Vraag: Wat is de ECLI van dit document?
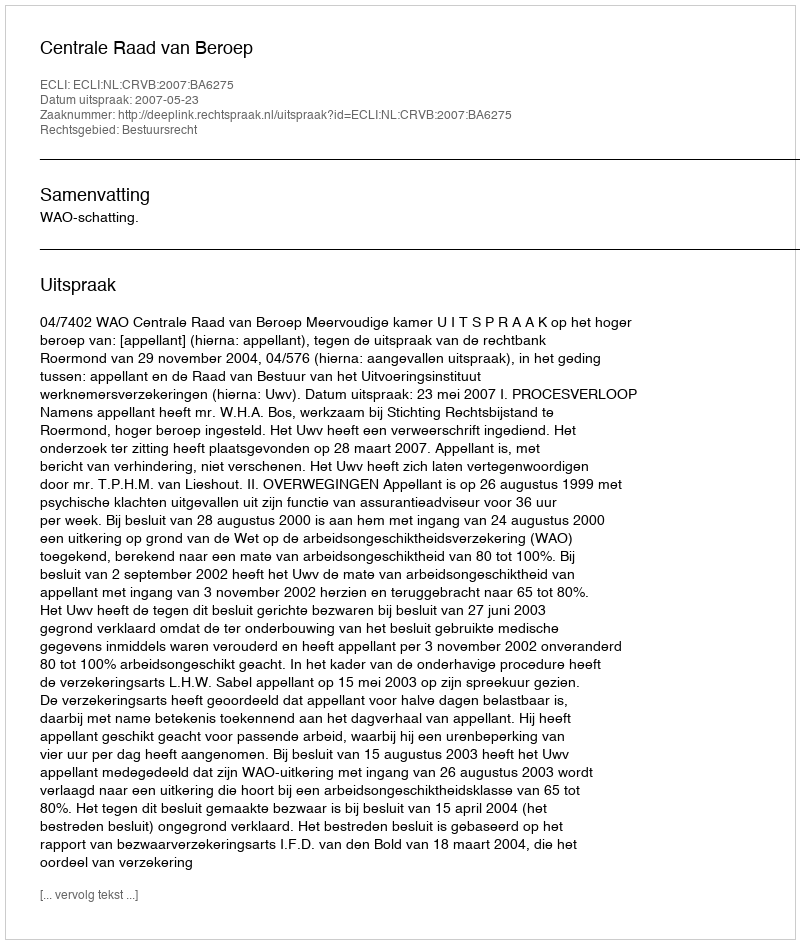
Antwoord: ECLI:NL:CRVB:2007:BA6275